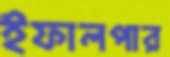
ইফালপার